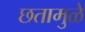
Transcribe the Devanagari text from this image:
छतामुळे